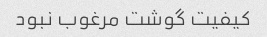
کیفیت گوشت مرغوب نبود